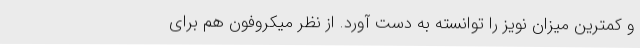
و کمترین میزان نویز را توانسته به دست آورد. از نظر میکروفون هم برای